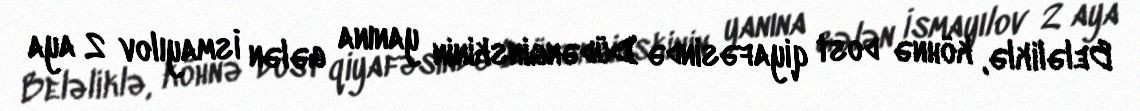
Beləliklə, köhnə dost qiyafəsində Düdənginskinin yanına gələn İsmayılov 2 aya